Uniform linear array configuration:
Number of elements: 8
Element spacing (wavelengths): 0.75
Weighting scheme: uniform
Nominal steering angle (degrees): -15
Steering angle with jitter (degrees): -13.926
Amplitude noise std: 0.05
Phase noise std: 0.05

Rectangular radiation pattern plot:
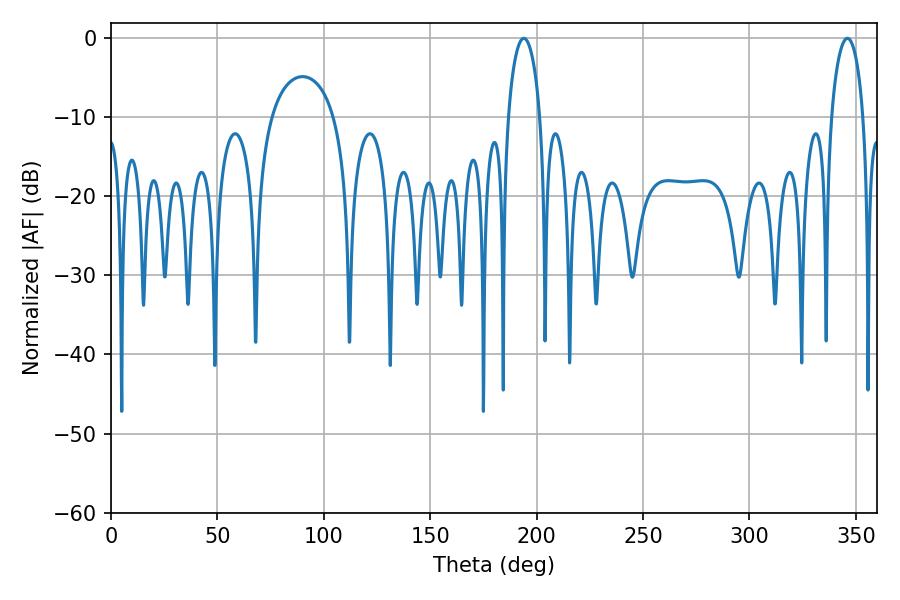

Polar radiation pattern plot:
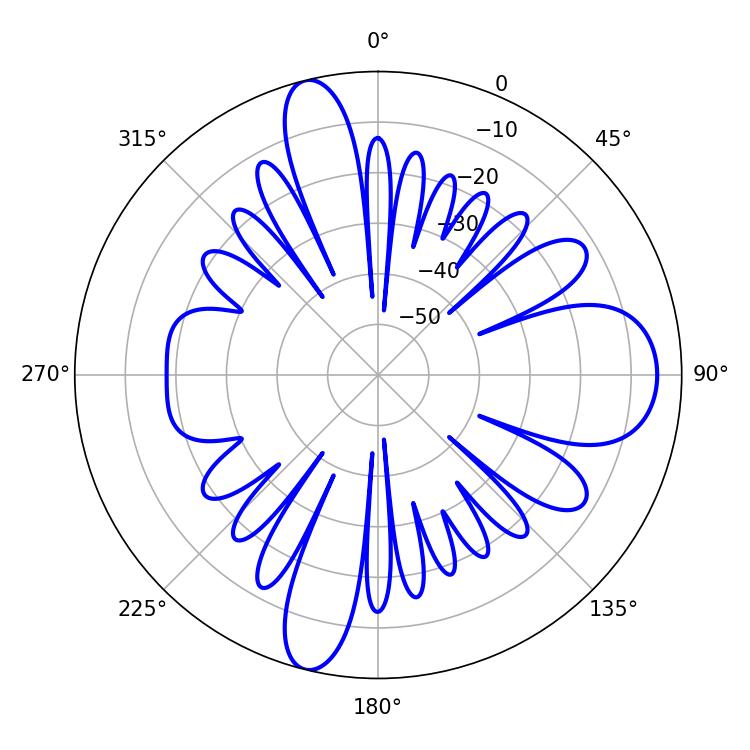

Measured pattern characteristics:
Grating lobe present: TRUE
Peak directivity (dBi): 15.562
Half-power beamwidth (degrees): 8.64
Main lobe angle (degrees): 194.04